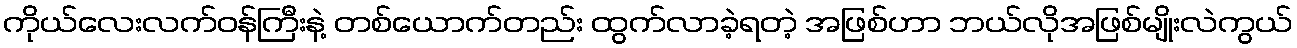
ကိုယ်လေးလက်ဝန်ကြီးနဲ့ တစ်ယောက်တည်း ထွက်လာခဲ့ရတဲ့ အဖြစ်ဟာ ဘယ်လိုအဖြစ်မျိုးလဲကွယ်